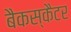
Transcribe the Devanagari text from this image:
बैकस्कैटर